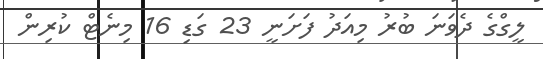
ލީގްގެ ދެވަނަ ބުރު މިއަދު ފަށަނީ 23 ގަޑި 16 މިނެޓް ކުރިން